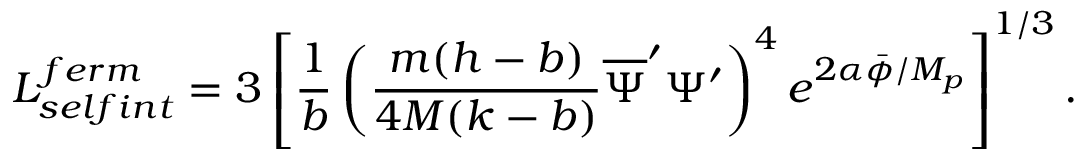
L _ { s e l f i n t } ^ { f e r m } = 3 \left[ \frac { 1 } { b } \left( \frac { m ( h - b ) } { 4 M ( k - b ) } \overline { { { \Psi } } } ^ { \prime } \Psi ^ { \prime } \right) ^ { 4 } e ^ { 2 \alpha \bar { \phi } / M _ { p } } \right] ^ { 1 / 3 } .